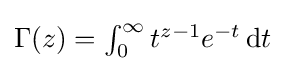
\textstyle \Gamma (z)=\int _{0}^{\infty }t^{z-1}e^{-t}\,\mathrm {d} t